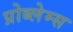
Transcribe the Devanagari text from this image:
प्रोब्लेम्स